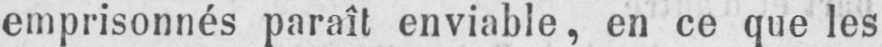
emprisonnés paraît enviable, en ce que les